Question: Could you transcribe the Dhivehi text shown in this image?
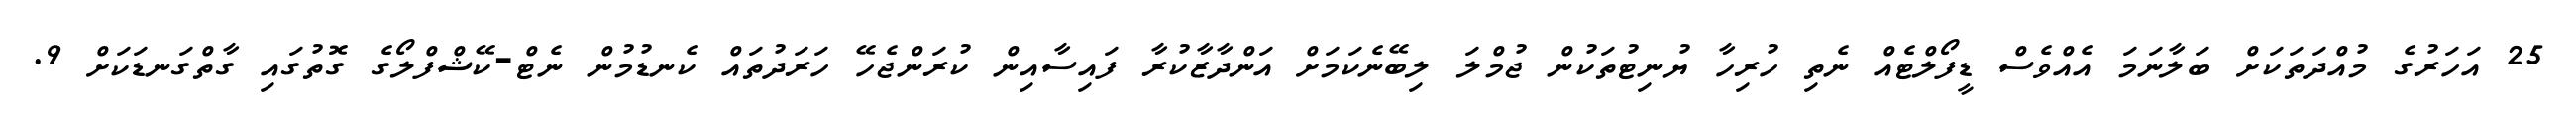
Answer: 25 އަހަރުގެ މުއްދަތަކަށް ބަލާނަމަ އެއްވެސް ޑީފޯލްޓެއް ނެތި ހުރިހާ ޔުނިޓުތަކުން ޖުމްލަ ލިބޭނެކަމަށް އަންދާޒާކުރާ ފައިސާއިން ކުރަންޖެހޭ ހަރަދުތައް ކެނޑުމުން ނެޓް-ކޭޝްފްލޯގެ ގޮތުގައި ގާތްގަނޑަކަށް 9.